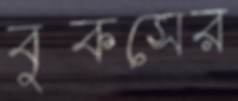
বুকসের